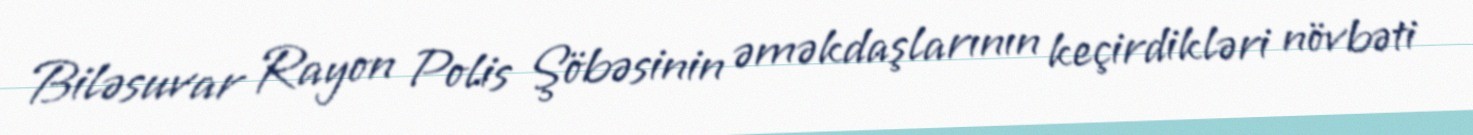
Biləsuvar Rayon Polis Şöbəsinin əməkdaşlarının keçirdikləri növbəti